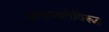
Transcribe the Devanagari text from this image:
असभ्यतेविरूद्ध